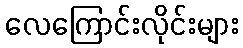
လေကြောင်းလိုင်းများ